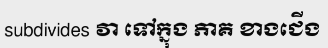
subdivides វា ទៅក្នុង ភាគ ខាងជើង